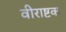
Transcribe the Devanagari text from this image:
वीराष्टक